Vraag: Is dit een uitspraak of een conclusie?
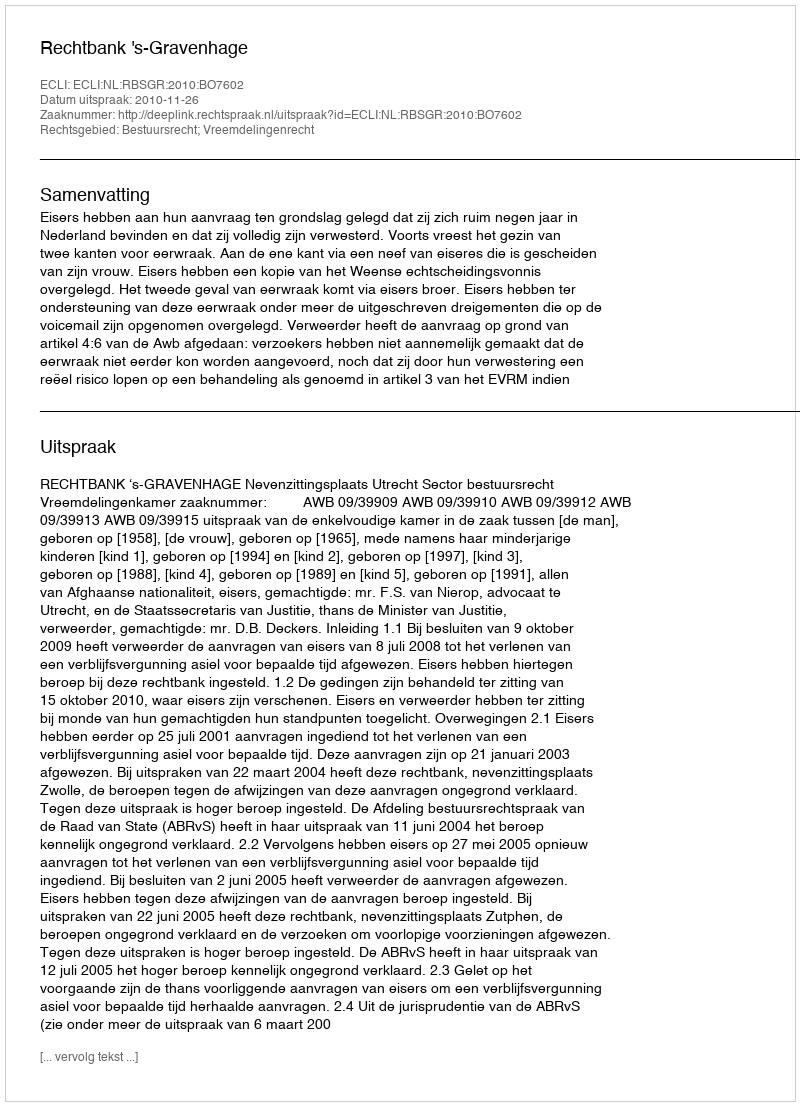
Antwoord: Uitspraak